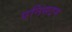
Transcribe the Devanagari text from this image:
एनिसटन